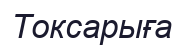
Токсарыға